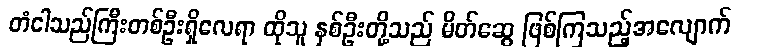
တံငါသည်ကြီးတစ်ဦးရှိလေရာ ထိုသူ နှစ်ဦးတို့သည် မိတ်ဆွေ ဖြစ်ကြသည့်အလျောက်